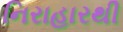
નિરાહારથી